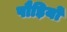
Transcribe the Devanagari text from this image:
पौड़ियों